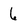
Character: 6